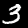
Label: 3